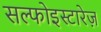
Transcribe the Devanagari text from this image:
सल्फोइस्टारेज़